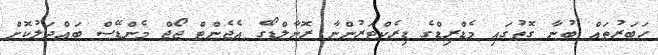
ހަބަރުތައް ބުނާ ގޮތުގައި މެޑްރިޑްގެ ޑިރެކްޓަރުންނާ ރޮނާލްޑޯގެ އެޖެންޓް ޖޯޖް މެންޑޭސް ބައްދަލުކޮށް